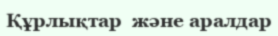
Құрлықтар  және аралдар